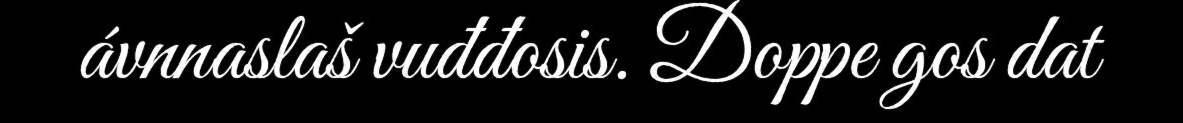
ávnnaslaš vuđđosis. Doppe gos dat